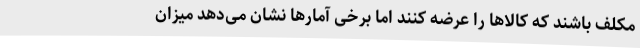
مکلف باشند که کالاها را عرضه کنند اما برخی آمارها نشان می‌دهد میزان